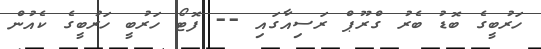
ހަރުބީގެ ބޮޑު ބެރު ގްރޫޕް ރަސިއާގައި -- ފޮޓޯ ހަރުބީ ހަރުބީގެ ކެެއުން